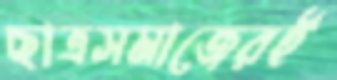
ছাত্রসমাজেরই